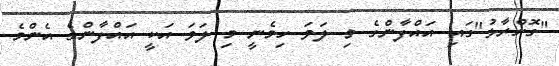
"ގޮށްރާޅު"ގައި އައްފާންގެ މި ލަވަ ހިމެނީ މި ލަވަ އަކީ އައްފާންގެ އެންމެ